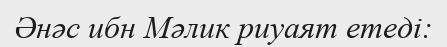
Әнәс ибн Мәлик риуаят етеді: